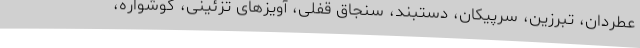
عطردان، تبرزین، سرپیکان، دستبند، سنجاق قفلی، آویزهای تزئینی، گوشواره،